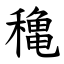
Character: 穐